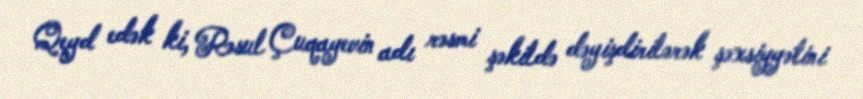
Qeyd edək ki, Rəsul Çuqayevin adı rəsmi şəkildə dəyişdirilərək şəxsiyyətini